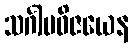
သင်္ဂါမဝိဇယေန